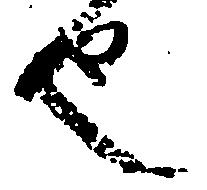
也